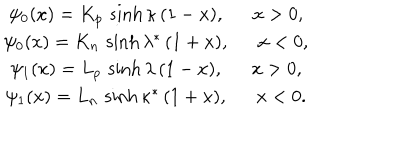
LaTeX: \begin{array} { c } { { \psi _ { 0 } ( x ) = K _ { p } \, \sinh \kappa \, ( 1 - x ) , \ \ x > 0 , } } \\ { { \psi _ { 0 } ( x ) = K _ { n } \, \sinh \lambda ^ { * } \, ( 1 + x ) , \ \ x < 0 , } } \\ { { \psi _ { 1 } ( x ) = L _ { p } \, \sinh \lambda \, ( 1 - x ) , \ \ x > 0 , } } \\ { { \psi _ { 1 } ( x ) = L _ { n } \, \sinh \kappa ^ { * } \, ( 1 + x ) , \ \ x < 0 . } } \\ \end{array}